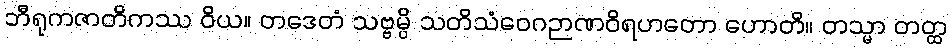
ဘီရုကဇာတိကဿ ဝိယ။ တဒေတံ သဗ္ဗမ္ပိ သတိသံဝေဂဉာဏဝိရဟတော ဟောတိ။ တသ္မာ တတ္ထ